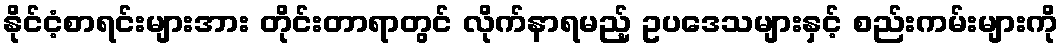
နိုင်ငံ့စာရင်းများအား တိုင်းတာရာတွင် လိုက်နာရမည့် ဥပဒေသများနှင့် စည်းကမ်းများကို